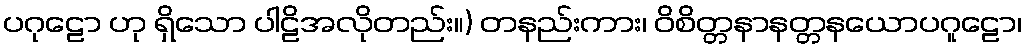
ပဂုဠော ဟု ရှိသော ပါဠိအလိုတည်း။) တနည်းကား၊ ဝိစိတ္တနာနတ္တနယောပဂူဠော၊